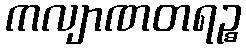
ကလျာဏတရဉ္စ